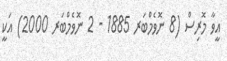
އީވާ މޮރިސް (8 ނޮވެމްބަރ 1885 - 2 ނޮވެމްބަރ 2000) އަކީ